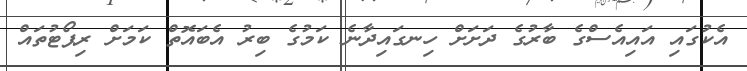
އެކުގައި އައިއެސްގެ ބާރުގެ ދަށަށް ހިނގައިދާނެ ކަމުގެ ބިރު އެބައޮތް ކަމަށް ރިޕޯޓުތައް